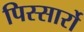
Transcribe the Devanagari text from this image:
पिस्सार्रो